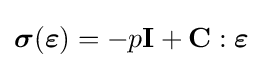
{\textstyle {\boldsymbol {\sigma }}({\boldsymbol {\varepsilon }})=-p\mathbf {I} +\mathbf {C} :{\boldsymbol {\varepsilon }}}